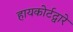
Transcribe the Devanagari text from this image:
हायकोर्टद्वारे